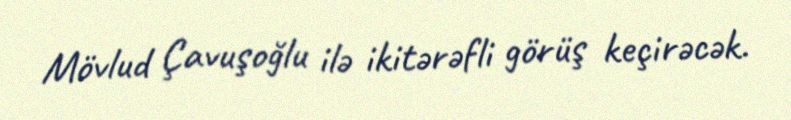
Mövlud Çavuşoğlu ilə ikitərəfli görüş keçirəcək.